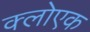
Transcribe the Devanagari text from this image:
क्लोएक